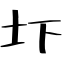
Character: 圷